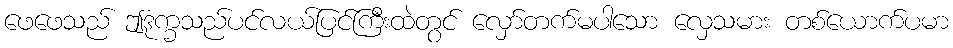
ဖေဖေသည် ဤဒုက္ခသည်ပင်လယ်ပြင်ကြီးထဲတွင် လှော်တက်မပါသော လှေသမား တစ်ယောက်ပမာ